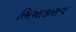
ભિખાજીરાવ